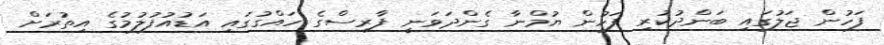
ފަހުން ޖަލުގައި ބަންދުކުރި ފަހުން ޔުމްނާ ގެންދަވަނީ ފާރިސްގެ ހައްގުގައި އަޑުއުފުލުމުގެ އިތުރަށް